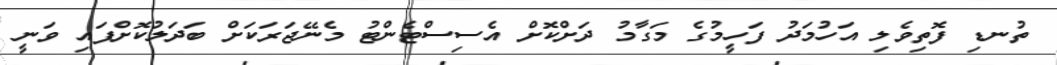
ތުނޑި ފޮތިވެލި އަހުމަދު ފަހީމުގެ މަގާމު ދަށްކޮށް އެސިސްޓެންޓު މެނޭޖަރަކަށް ބަދަލުކޮށްފައި ވަނީ